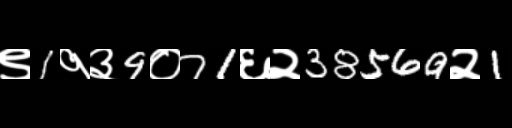
Text: ९1१३9०71६२38569२1